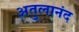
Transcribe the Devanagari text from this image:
अतुलानंद